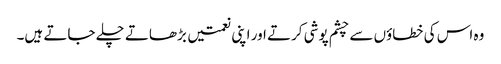
وہ اس کی خطاؤں سے چشم پوشی کرتے اور اپنی نعمتیں بڑھاتے چلے جاتے ہیں۔